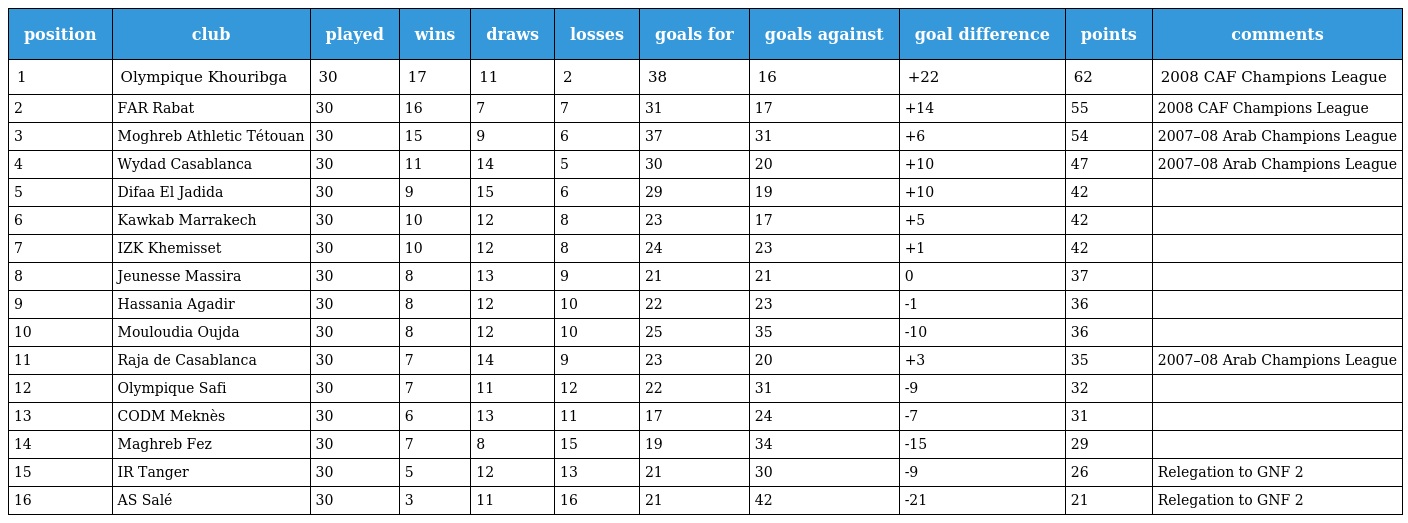
| position | club | played | wins | draws | losses | goals for | goals against | goal difference | points | comments |
 | --- | --- | --- | --- | --- | --- | --- | --- | --- | --- | --- |
 | 1 | Olympique Khouribga | 30 | 17 | 11 | 2 | 38 | 16 | +22 | 62 | 2008 CAF Champions League |
 | 2 | FAR Rabat | 30 | 16 | 7 | 7 | 31 | 17 | +14 | 55 | 2008 CAF Champions League |
 | 3 | Moghreb Athletic Tétouan | 30 | 15 | 9 | 6 | 37 | 31 | +6 | 54 | 2007–08 Arab Champions League |
 | 4 | Wydad Casablanca | 30 | 11 | 14 | 5 | 30 | 20 | +10 | 47 | 2007–08 Arab Champions League |
 | 5 | Difaa El Jadida | 30 | 9 | 15 | 6 | 29 | 19 | +10 | 42 |  |
 | 6 | Kawkab Marrakech | 30 | 10 | 12 | 8 | 23 | 17 | +5 | 42 |  |
 | 7 | IZK Khemisset | 30 | 10 | 12 | 8 | 24 | 23 | +1 | 42 |  |
 | 8 | Jeunesse Massira | 30 | 8 | 13 | 9 | 21 | 21 | 0 | 37 |  |
 | 9 | Hassania Agadir | 30 | 8 | 12 | 10 | 22 | 23 | -1 | 36 |  |
 | 10 | Mouloudia Oujda | 30 | 8 | 12 | 10 | 25 | 35 | -10 | 36 |  |
 | 11 | Raja de Casablanca | 30 | 7 | 14 | 9 | 23 | 20 | +3 | 35 | 2007–08 Arab Champions League |
 | 12 | Olympique Safi | 30 | 7 | 11 | 12 | 22 | 31 | -9 | 32 |  |
 | 13 | CODM Meknès | 30 | 6 | 13 | 11 | 17 | 24 | -7 | 31 |  |
 | 14 | Maghreb Fez | 30 | 7 | 8 | 15 | 19 | 34 | -15 | 29 |  |
 | 15 | IR Tanger | 30 | 5 | 12 | 13 | 21 | 30 | -9 | 26 | Relegation to GNF 2 |
 | 16 | AS Salé | 30 | 3 | 11 | 16 | 21 | 42 | -21 | 21 | Relegation to GNF 2 |